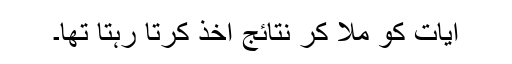
آیات کو ملا کر نتائج اخذ کرتا رہتا تھا۔